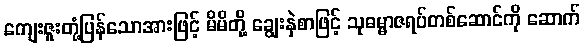
ကျေးဇူးတုံ့ပြန်သောအားဖြင့် မိမိတို့ ချွေးနှဲစာဖြင့် သုဓမ္မာဇရပ်တစ်ဆောင်ကို ဆောက်